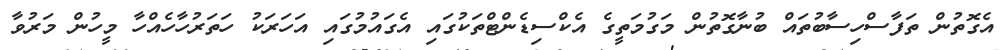
އެގޮތުން ތަފާސްހިސާބުތައް ބުނާގޮތުން މަގުމަތީގެ އެކްސިޑެންޓްތަކުގައި އެގައުމުގައި އަހަރަކު ހަތަރުހާހެއްހާ މީހުން މަރުވާ